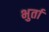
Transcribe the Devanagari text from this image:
भुर्ता